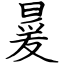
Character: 㬊